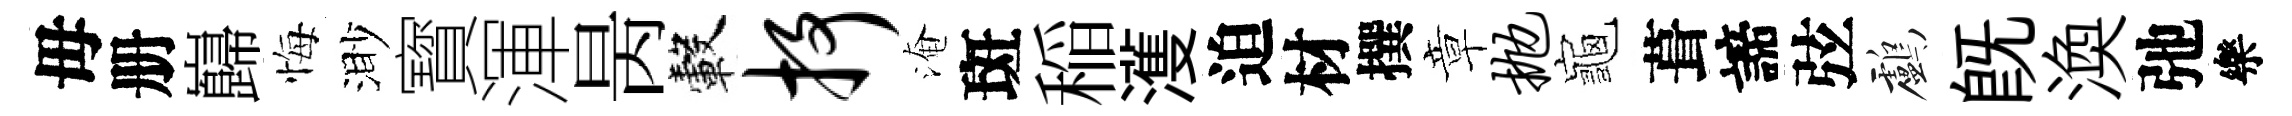
毋册巋悔渺寳渾昺轂抒淹斑稲濩迫材撰章抛龜葺諦弦鸕旣渙弛樂